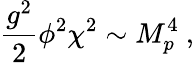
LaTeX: {\frac{g^{2}}{2}}\phi^{2}\chi^{2}\sim M_{p}^{4}\ ,